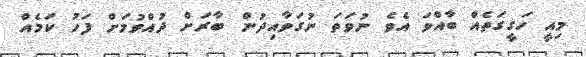
މިއީ ހަގީގަތެއް ބާއްވަ އެވެ ނުވަތަ ނުގަވާއިދުން ބާރަށް ދުއްވުމަށް ފަހު ކަމެއް